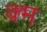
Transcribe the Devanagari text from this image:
क्म